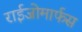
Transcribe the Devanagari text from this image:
राईजोमार्फस